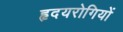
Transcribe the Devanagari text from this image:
हृदयरोगियों